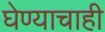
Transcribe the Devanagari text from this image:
घेण्याचाही